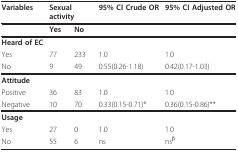
<table><thead><tr><td><b>Variables</b></td><td colspan="2"><b>Sexual activity</b></td><td><b>95% CI Crude OR</b></td><td><b>95% CI Adjusted OR</b></td></tr></thead><tbody><tr><td></td><td><b>Yes</b></td><td><b>No</b></td><td></td><td></td></tr><tr><td><b>Heard of EC</b></td><td></td><td></td><td></td><td></td></tr><tr><td>Yes</td><td>77</td><td>233</td><td>1.0</td><td>1.0</td></tr><tr><td>No</td><td>9</td><td>49</td><td>0.55(0.26-1.18)</td><td>0.42(0.17-1.03)</td></tr><tr><td><b>Attitude</b></td><td></td><td></td><td></td><td></td></tr><tr><td>Positive</td><td>36</td><td>83</td><td>1.0</td><td>1.0</td></tr><tr><td>Negative</td><td>10</td><td>70</td><td>0.33(0.15-0.71)*</td><td>0.36(0.15-0.86)**</td></tr><tr><td><b>Usage</b></td><td></td><td></td><td></td><td></td></tr><tr><td>Yes</td><td>27</td><td>0</td><td>1.0</td><td>1.0</td></tr><tr><td>No</td><td>55</td><td>6</td><td>ns</td><td>ns<sup>β</sup></td></tr></tbody></table>